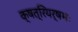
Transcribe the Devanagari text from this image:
क्षत्रियर्षभः